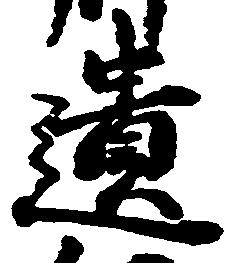
遺